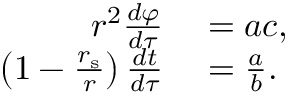
\begin{array} { r l } { r ^ { 2 } { \frac { d \varphi } { d \tau } } } & { { } = a c , } \\ { \left( 1 - { \frac { r _ { \mathrm { { s } } } } { r } } \right) { \frac { d t } { d \tau } } } & { { } = { \frac { a } { b } } . } \end{array}